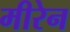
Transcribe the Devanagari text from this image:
मीरेन